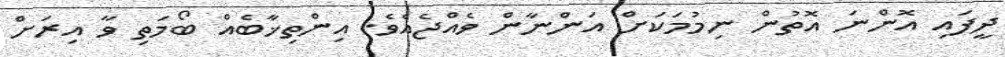
ދީފައި އޮންނަ އޮތުން ނިމުމަކަށް އަންނާން ވެއްޖެއެވެ. އިންތިޚާބެއް ބޯމަތި ވާ އިރަށް